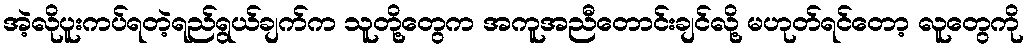
အဲ့လိုပူးကပ်ရတဲ့ရည်ရွယ်ချက်က သူတို့တွေက အကူအညီတောင်းချင်လို့ မဟုတ်ရင်တော့ လူတွေကို